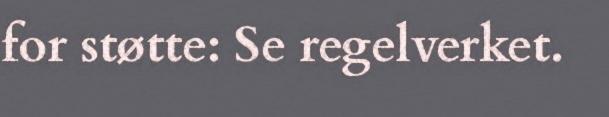
for støtte: Se regelverket.